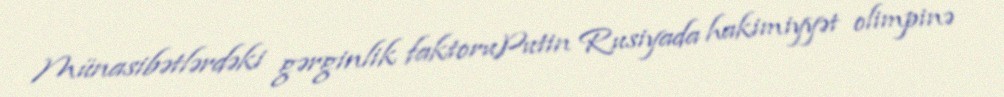
Münasibətlərdəki gərginlik faktoruPutin Rusiyada hakimiyyət olimpinə